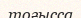
тоғысса